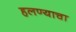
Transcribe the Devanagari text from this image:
हलण्याचा